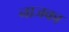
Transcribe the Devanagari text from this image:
नाजका